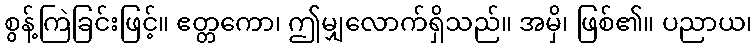
စွန့်ကြဲခြင်းဖြင့်။ ဧတ္တကော၊ ဤမျှလောက်ရှိသည်။ အမှိ၊ ဖြစ်၏။ ပညာယ၊